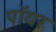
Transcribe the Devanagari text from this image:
पॉयर